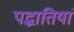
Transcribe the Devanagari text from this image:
पद्धातियां